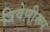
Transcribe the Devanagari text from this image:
त्रिवेणीरूप